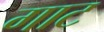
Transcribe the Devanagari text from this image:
गाट